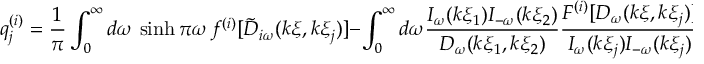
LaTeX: q _ { j } ^ { ( i ) } = \frac { 1 } { \pi } \int _ { 0 } ^ { \infty } d \omega \, \sinh \pi \omega \, f ^ { ( i ) } [ \tilde { D } _ { i \omega } ( k \xi , k \xi _ { j } ) ] - \int _ { 0 } ^ { \infty } d \omega \frac { I _ { \omega } ( k \xi _ { 1 } ) I _ { - \omega } ( k \xi _ { 2 } ) } { D _ { \omega } ( k \xi _ { 1 } , k \xi _ { 2 } ) } \frac { F ^ { ( i ) } [ D _ { \omega } ( k \xi , k \xi _ { j } ) ] } { I _ { \omega } ( k \xi _ { j } ) I _ { - \omega } ( k \xi _ { j } ) } ,